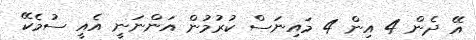
އޭ ދެން 4 އިން 4 މައިނަސް ކުރުމުން އަންނަނީ އެއީ ސުމެކޭ